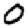
Digit: 0